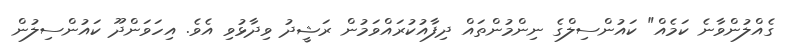
ގެއްލުންވާނެ ކަމެއް" ކައުންސިލްގެ ނިންމުންތައް ދިފާއުކުރައްވަމުން ރަޝީދު ވިދާޅުވި އެވެ. އިހަވަންދޫ ކައުންސިލުން